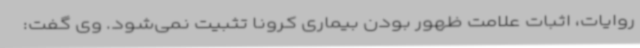
روایات، اثبات علامت ظهور بودن بیماری کرونا تثبیت نمی‌شود. وی گفت: